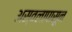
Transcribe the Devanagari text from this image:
अस्वलापासून